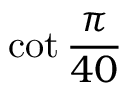
\cot { \frac { \pi } { 4 0 } }